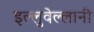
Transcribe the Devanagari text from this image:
इल्लुवेल्लानी